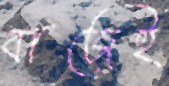
বাজেই